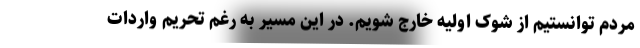
مردم توانستیم از شوک اولیه خارج شویم. در این مسیر به رغم تحریم واردات